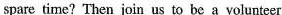
spare time? Then join us to be a volunteer.